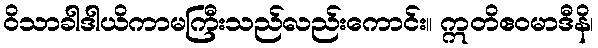
ဝိသာခါဒါယိကာမကြီးသည်လည်းကောင်း။ ဣတိဧဝမာဒီနိ၊